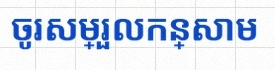
ចូរសម្រួលកន្សោម